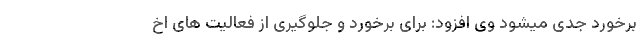
برخورد جدی میشود وی افزود: برای برخورد و جلوگیری از فعالیت های اخ